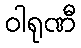
ဝါရုဏီ